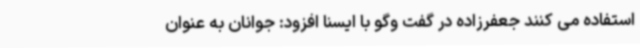
استفاده می کنند جعفرزاده در گفت وگو با ایسنا افزود: جوانان به عنوان